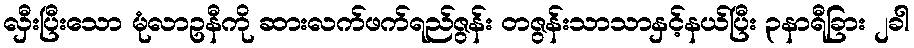
လှီးပြီးသော မုံလာဥနီကို ဆားလက်ဖက်ရည်ဇွန်း တဇွန်းသာသာနှင့်နယ်ပြီး ၃နာရီခြား ၂ခါ